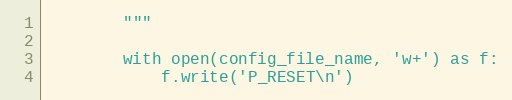
Language: Python
        """

        with open(config_file_name, 'w+') as f:
            f.write('P_RESET\n')